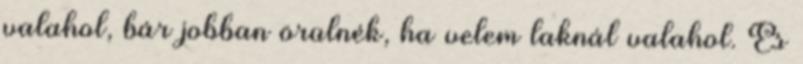
valahol, bár jobban örülnék, ha velem laknál valahol. És